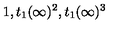
1 , t _ { 1 } ( \infty ) ^ { 2 } , t _ { 1 } ( \infty ) ^ { 3 }